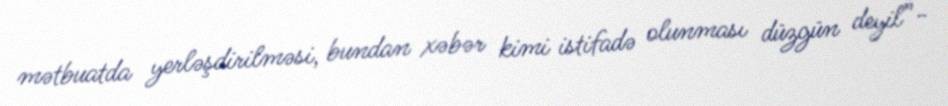
mətbuatda yerləşdirilməsi, bundan xəbər kimi istifadə olunması düzgün deyil”-